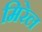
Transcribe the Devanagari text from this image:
मिरेल